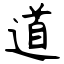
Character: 道